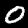
Digit: 0